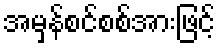
အမှန်စင်စစ်အားဖြင့်